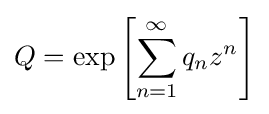
Q=\exp \left[\sum _{n=1}^{\infty }q_{n}z^{n}\right]